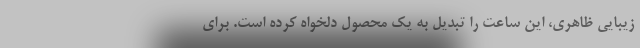
زیبایی ظاهری، این ساعت را تبدیل به یک محصول دلخواه کرده است. برای